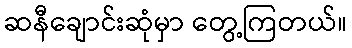
ဆနီချောင်းဆုံမှာ တွေ့ကြတယ်။